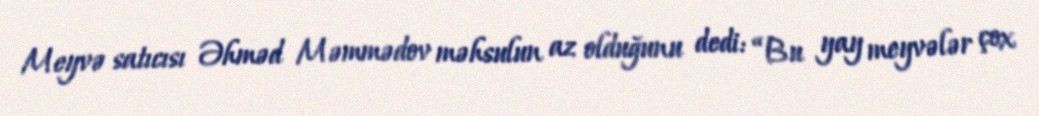
Meyvə satıcısı Əhməd Məmmədov məhsulun az olduğunu dedi: “Bu yay meyvələr çox